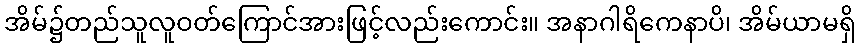
အိမ်၌တည်သူလူဝတ်ကြောင်အားဖြင့်လည်းကောင်း။ အနာဂါရိကေနာပိ၊ အိမ်ယာမရှိ